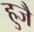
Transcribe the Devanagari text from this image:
हुजै